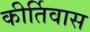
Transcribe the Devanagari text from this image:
कीर्तिवास